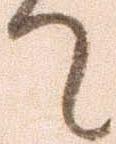
て